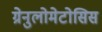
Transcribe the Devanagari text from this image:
ग्रेनुलोमेटोसिस